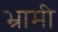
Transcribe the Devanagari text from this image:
भ्रामी